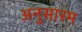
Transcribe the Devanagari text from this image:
अनुसारम